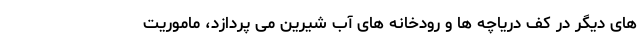
های دیگر در کف دریاچه ها و رودخانه های آب شیرین می پردازد، ماموریت